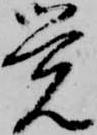
覚